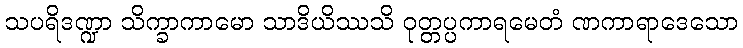
သပရိဒဏ္ဍာ သိက္ခာကာမော သာဒိယိဿသိ ဝုတ္တပ္ပကာရမေတံ ဏကာရာဒေသော